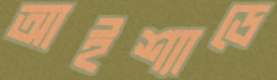
আইশ্যাডে